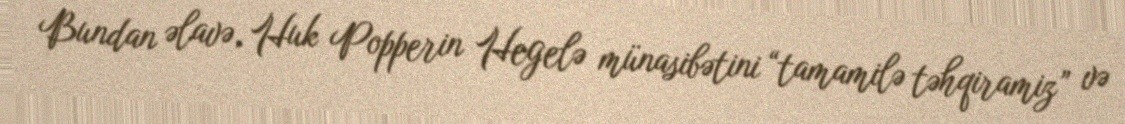
Bundan əlavə, Huk Popperin Hegelə münasibətini “tamamilə təhqiramiz” və